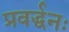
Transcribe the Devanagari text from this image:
प्रवर्द्धनः